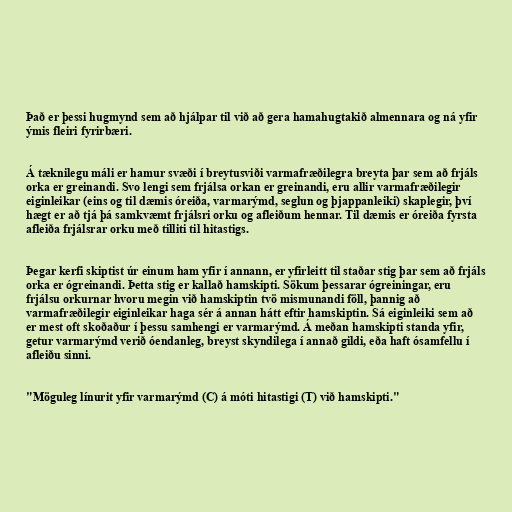
Það er þessi hugmynd sem að hjálpar til við að gera hamahugtakið almennara og ná yfir
ýmis fleiri fyrirbæri.

Á tæknilegu máli er hamur svæði í breytusviði varmafræðilegra breyta þar sem að frjáls
orka er greinandi. Svo lengi sem frjálsa orkan er greinandi, eru allir varmafræðilegir
eiginleikar (eins og til dæmis óreiða, varmarýmd, seglun og þjappanleiki) skaplegir, því
hægt er að tjá þá samkvæmt frjálsri orku og afleiðum hennar. Til dæmis er óreiða fyrsta
afleiða frjálsrar orku með tilliti til hitastigs.

Þegar kerfi skiptist úr einum ham yfir í annann, er yfirleitt til staðar stig þar sem að frjáls
orka er ógreinandi. Þetta stig er kallað hamskipti. Sökum þessarar ógreiningar, eru
frjálsu orkurnar hvoru megin við hamskiptin tvö mismunandi föll, þannig að
varmafræðilegir eiginleikar haga sér á annan hátt eftir hamskiptin. Sá eiginleiki sem að
er mest oft skoðaður í þessu samhengi er varmarýmd. Á meðan hamskipti standa yfir,
getur varmarýmd verið óendanleg, breyst skyndilega í annað gildi, eða haft ósamfellu í
afleiðu sinni.

"Möguleg línurit yfir varmarýmd (C) á móti hitastigi (T) við hamskipti."